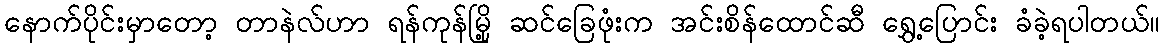
နောက်ပိုင်းမှာတော့ တာနဲလ်ဟာ ရန်ကုန်မြို့ ဆင်ခြေဖုံးက အင်းစိန်ထောင်ဆီ ရွှေ့ပြောင်း ခံခဲ့ရပါတယ်။